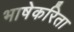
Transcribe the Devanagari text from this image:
भाषेकरिता